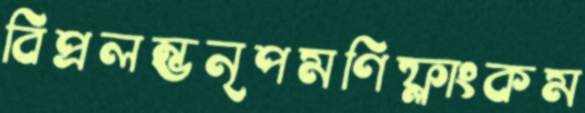
বিপ্রলম্ভনৃপমণিফ্লাংকম